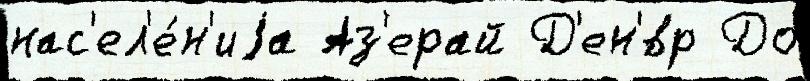
нас'ел'е́н'иjа Аз'ерай Д'ен'́вр До